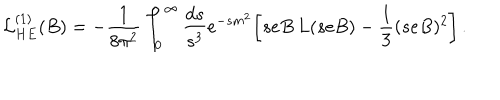
{ \cal L } _ { H E } ^ { ( 1 ) } ( B ) = - { \frac { 1 } { 8 \pi ^ { 2 } } } \int _ { 0 } ^ { \infty } { \frac { d s } { s ^ { 3 } } } e ^ { - s m ^ { 2 } } \biggl [ s e B \, L ( s e B ) - { \frac { 1 } { 3 } } ( s e B ) ^ { 2 } \biggr ] \, .